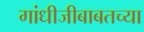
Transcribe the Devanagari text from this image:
गांधीजीबाबतच्या